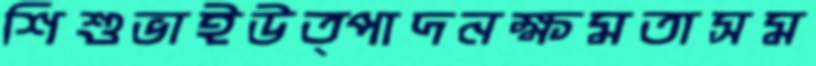
শিশুভাইউত্পাদনক্ষমতাসম